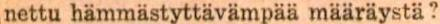
nettu hämmästyttävämpää määräystä?